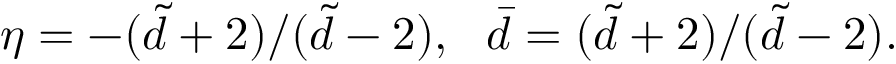
\eta = - ( \tilde { d } + 2 ) / ( \tilde { d } - 2 ) , \ \ \bar { d } = ( \tilde { d } + 2 ) / ( \tilde { d } - 2 ) .